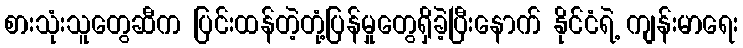
စားသုံးသူတွေဆီက ပြင်းထန်တဲ့တုံ့ပြန်မှုတွေရှိခဲ့ပြီးနောက် နိုင်ငံရဲ့ ကျန်းမာရေး